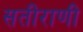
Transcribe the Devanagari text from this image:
सतीराणी